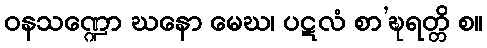
ဝနသဏ္ဍော ဃနော မေဃ၊ ပဋလံ စာ’ဍ္ဎရတ္တိ စ။